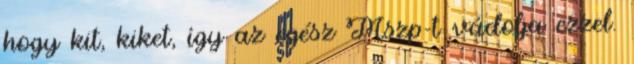
hogy kit, kiket, így az egész Mszp-t vádolja ezzel.